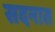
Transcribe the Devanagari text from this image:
सदनात